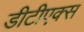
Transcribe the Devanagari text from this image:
डीटीएक्स